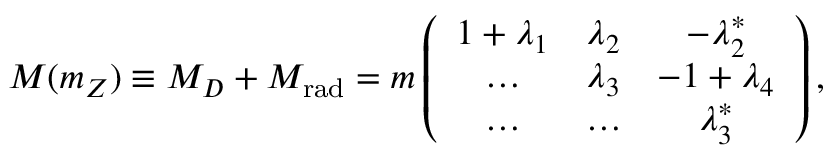
M ( m _ { Z } ) \equiv M _ { D } + M _ { \mathrm { r a d } } = m \left( \begin{array} { c c c } { { 1 + \lambda _ { 1 } } } & { { \lambda _ { 2 } } } & { { - \lambda _ { 2 } ^ { * } } } \\ { { \dots } } & { { \lambda _ { 3 } } } & { { - 1 + \lambda _ { 4 } } } \\ { { \dots } } & { { \dots } } & { { \lambda _ { 3 } ^ { * } } } \end{array} \right) ,